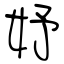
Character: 妤